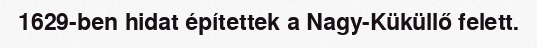
1629-ben hidat építettek a Nagy-Küküllő felett.